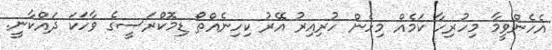
އެހެންވީމާ މިހުރިހާ ކަމެއް މިހެން ހުރިއިރު އޭރު ކިހިނެއްތޯ ޑިމޮކްރަސީގެ ވާހަކަ ދައްކާނީ.